Report of an investigation into the causes of malaria in Bombay and the measures necessary for its control
Disease focus: Malaria
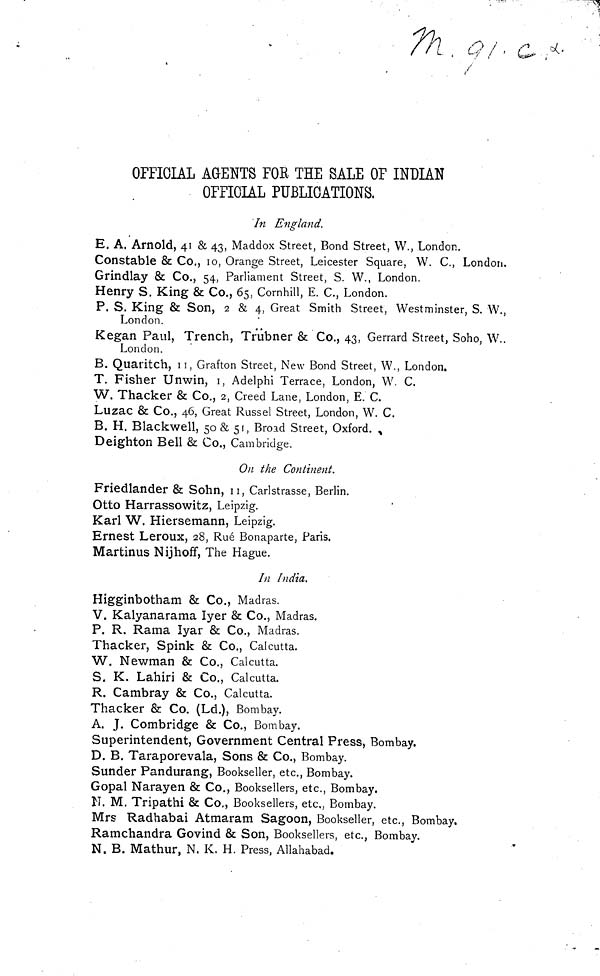
OFFICIAI AGENTS FOR THE SALE OF INDIAN
OFFICIAL PUBLICATIONS.
In England.
E. A. Arnold, 41 & 43, Maddox Street, Bond Street, W., London.
Constable & Co., 10, Orange Street, Leicester Square, W. C, London.
Grindlay & Co., 54, Parliament Street, S. W., London.
Henry S. King & Co., 65, Cornhill, E. C, London.
P. S. King & Son, 2 & 4, Great Smith Street, Westminster, S. W.,
London.
Kegan Paul, Trench, Trubner & Co., 43, Gerrard Street, Soho, W..
London.
B. Quaritch, 11, Grafton Street, New Bond Street, W., London.
T. Fisher Unwin, 1, Adelphi Terrace, London, W. C.
W. Thacker 8c Co., 2, Creed Lane, London, E. C.
Luzac & Co., 46, Great Russel Street, London, W. C.
B. H. Blackwell, 50& 51, Broad Street, Oxford.
Deighton Bell & Co., Cambridge.
On the Continent.
Friedlander 8c Sohn, 11, Carlstrasse, Berlin.
Otto Harrassowitz, Leipzig.
Karl W. Hiersemann, Leipzig.
Ernest Leroux, 28, Rué Bonaparte, Paris.
Martinus Nijhoff, The Hague.
In India.
Higginbotham 8c Co., Madras.
V. Kalyanarama Iyer 8c Co., Madras.
P. R. Rama lyar & Co., Madras.
Thacker, Spink & CO., Calcutta.
W. Newman & CO., Calcutta.
S. K. Lahiri & CO., Calcutta.
R. Cambray & Co., Calcutta.
Thacker & Co. (Ld.), Bombay.
A. J. Combridge & Co., Bombay.
Superintendent, Government Central Press, Bombay.
D. B. Taraporevala, Sons & Co., Bombay.
Sunder Pandurang, Bookseller, etc., Bombay.
Gopal Narayen & Co., Booksellers, etc., Bombay.
N. M. Tripathi & Co., Booksellers, etc., Bombay.
Mrs Radhabai Atmaram Sagoon, Bookseller, etc., Bombay.
Ramchandra Govind & Son, Booksellers, etc., Bombay.
N. B. Mathur, N. K. H. Press, Allahabad.